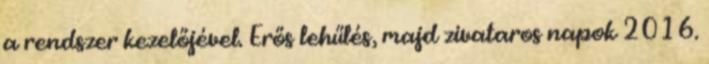
a rendszer kezelőjével. Erős lehűlés, majd zivataros napok 2016.